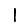
Digit: 1